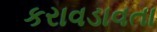
કરાવડાવતા